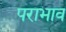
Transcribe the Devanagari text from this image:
पराभाव